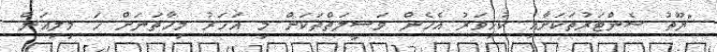
"ޔޫތު ސެންޓަރުތަކަށާއި ކުޅިވަރު އެހެން ވަސީލަތްތަކަށް މި އަހަރު މިހާތަނަށް ހަ މިލިއަން